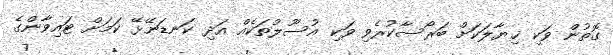
ގޮތުން ވަކި ޚިޔާލަކަށް ބަރޯސާކުރެވި ވަކި އުސޫލުތަކެއް އަދި ކަނޑަނޭޅޭ ކަމަށް ޓައިވާންގެ